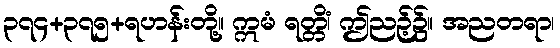
၃၇၄+၃၇၅+ရဟန်းတို့။ ဣမံ ရတ္တိံ၊ ဤညဉ့်၌။ အညတရာ၊